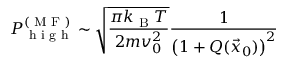
P _ { \textrm { h i g h } } ^ { ( \textrm { M F } ) } \sim \sqrt { \frac { \pi k _ { \textrm { B } } T } { 2 m v _ { 0 } ^ { 2 } } } \frac { 1 } { \left( 1 + Q ( \vec { x } _ { 0 } ) \right) ^ { 2 } }